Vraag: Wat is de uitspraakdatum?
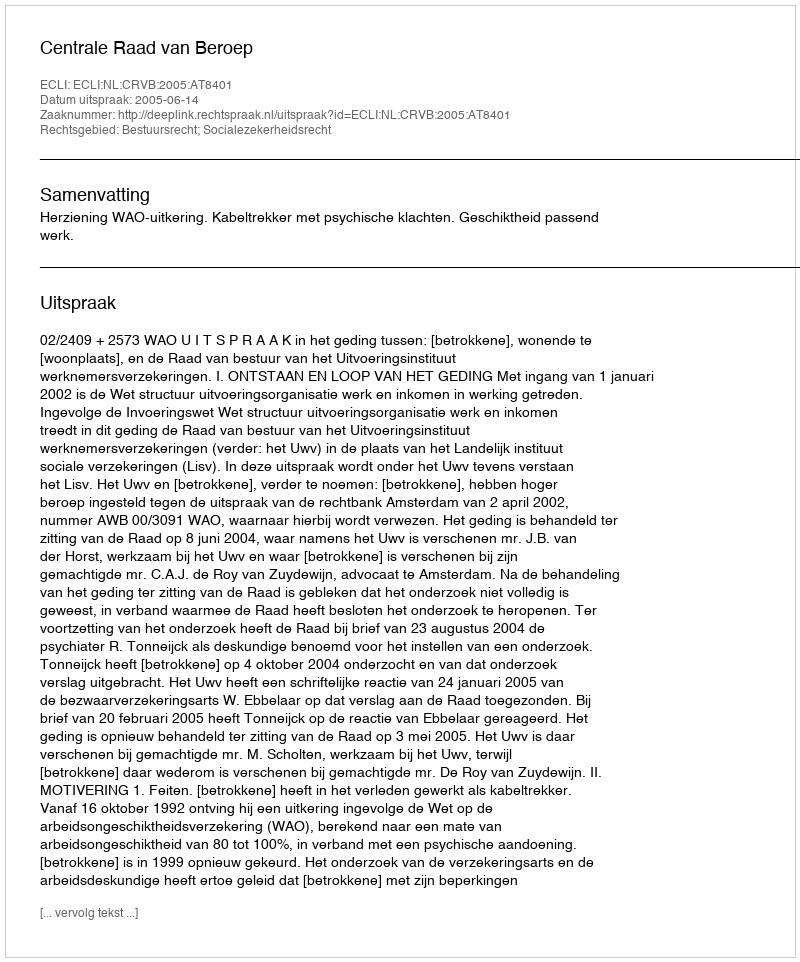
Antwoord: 2005-06-14